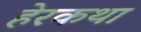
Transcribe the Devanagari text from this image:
हेरकथा